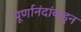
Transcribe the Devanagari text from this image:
पूर्णानंदांकडून